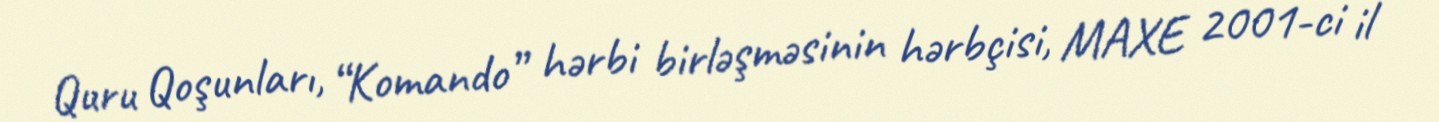
Quru Qoşunları, “Komando” hərbi birləşməsinin hərbçisi, MAXE 2001-ci il